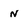
Character: N